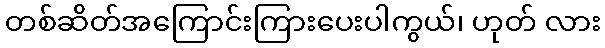
တစ်ဆိတ်အကြောင်းကြားပေးပါကွယ်၊ ဟုတ် လား